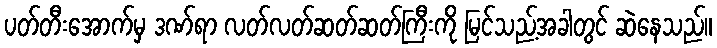
ပတ်တီးအောက်မှ ဒဏ်ရာ လတ်လတ်ဆတ်ဆတ်ကြီးကို မြင်သည့်အခါတွင် ဆဲနေသည်။